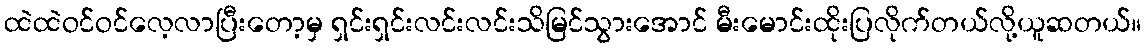
ထဲထဲဝင်ဝင်လေ့လာပြီးတော့မှ ရှင်းရှင်းလင်းလင်းသိမြင်သွားအောင် မီးမောင်းထိုးပြလိုက်တယ်လို့ယူဆတယ်။